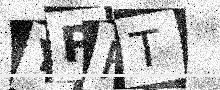
Text: YPRT